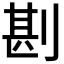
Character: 𠝻